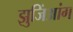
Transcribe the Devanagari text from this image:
झुजिंआंग